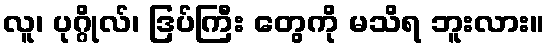
လူ၊ ပုဂ္ဂိုလ်၊ ဒြပ်ကြီး တွေကို မသိရ ဘူးလား။